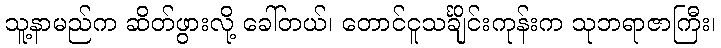
သူ့နာမည်က ဆိတ်ဖွားလို့ ခေါ်တယ်၊ တောင်ငူသင်္ချိုင်းကုန်းက သုဘရာဇာကြီး၊